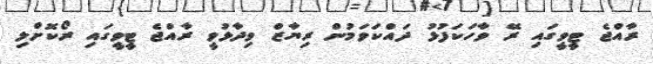
ރާއްޖެ ޓީވީގައި ރޭ ވާހަކަފުޅު ދައްކަވަމުން ރިޔާޒް ވިދާޅުވީ ރާއްޖެ ޓީވީގައި ރޯކޮށްލި